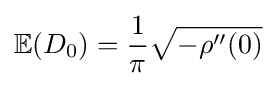
\mathbb {E} (D_{0})={\frac {1}{\pi }}{\sqrt {-\rho ''(0)}}